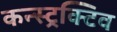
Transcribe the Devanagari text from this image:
कन्स्ट्रक्टिव